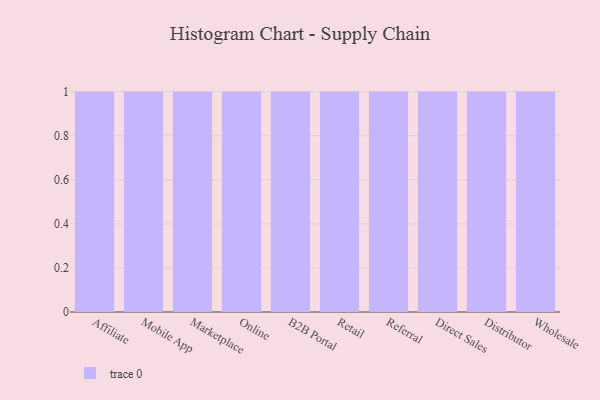
{"axis": {"x": "Channel", "y": "Demand Index"}, "legend": [""], "data": [{"x": "Affiliate", "y": 70, "type": ""}, {"x": "Mobile App", "y": 13, "type": ""}, {"x": "Marketplace", "y": 49, "type": ""}, {"x": "Online", "y": 2, "type": ""}, {"x": "B2B Portal", "y": 19, "type": ""}, {"x": "Retail", "y": 99, "type": ""}, {"x": "Referral", "y": 17, "type": ""}, {"x": "Direct Sales", "y": 8, "type": ""}, {"x": "Distributor", "y": 60, "type": ""}, {"x": "Wholesale", "y": 12, "type": ""}]}